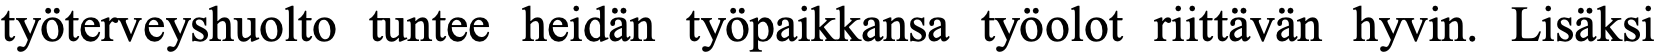
työterveyshuolto tuntee heidän työpaikkansa työolot riittävän hyvin. Lisäksi